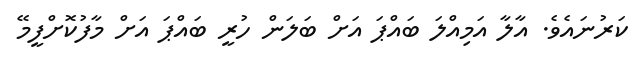
ކަރުނައެވެ. އާލާ އަމިއްލަ ބައްޕަ އަށް ބަލަން ހުރީ ބައްޕަ އަށް މާފުކޮށްފީމޭ